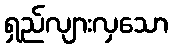
ရှည်လျားလှသော